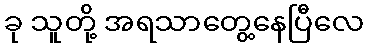
ခု သူတို့ အရသာတွေ့နေပြီလေ